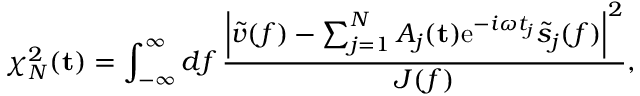
\chi _ { N } ^ { 2 } ( \mathbf { t } ) = \int _ { - \infty } ^ { \infty } \mathop { d f } \frac { \left| \tilde { v } ( f ) - \sum _ { j = 1 } ^ { N } A _ { j } ( \mathbf { t } ) \mathrm { e } ^ { - i \omega t _ { j } } \tilde { s } _ { j } ( f ) \right| ^ { 2 } } { J ( f ) } ,